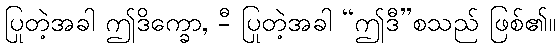
ပြုတဲ့အခါ ဤဒိက္ခော, -ီ ပြုတဲ့အခါ “ဤဒီ”စသည် ဖြစ်၏။